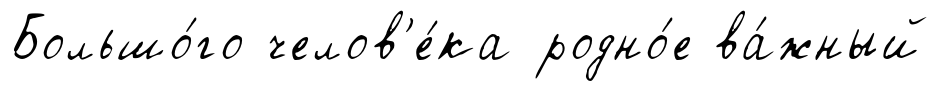
Большо́го челов'е́ка родно́е ва́жный